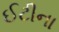
ઈટીના